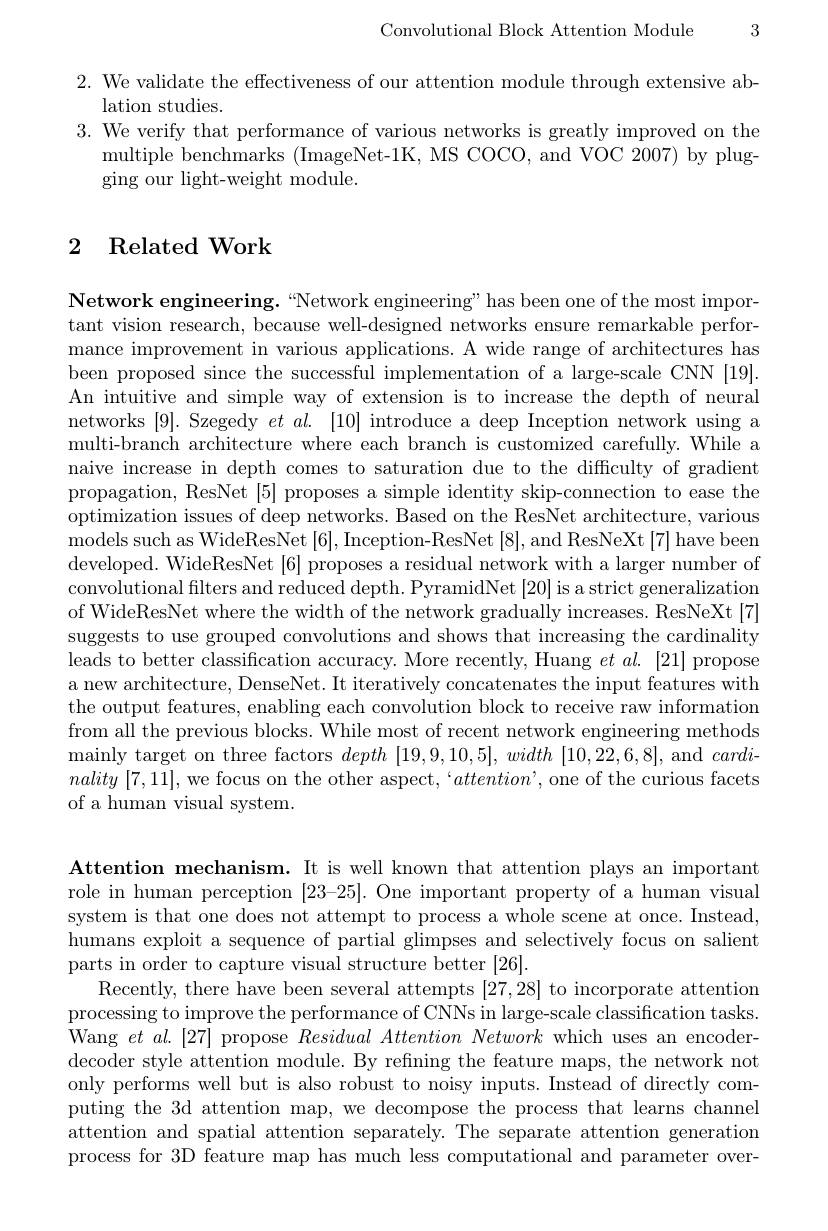
Convolutional Block Attention Module 3

2. We validate the effectiveness of our attention module through extensive ab-
lation studies.
3. We verify that performance of various networks is greatly improved on the
multiple benchmarks (ImageNet-1K, MS COCO, and VOC 2007) by plug-
ging our light-weight module.

## 2 Related Work

Network engineering. “ Network engineering" has been one of the most impor- tant vision research, because well-designed networks ensure remarkable performance improvement in various applications. A wide range of architectures has been proposed since the successful implementation of a large-scale CNN [19]. An intuitive and simple way of extension is to increase the depth of neural networks [9]. Szegedy $et\textit{al. [ 10] introduce a deep Inception network using a}$ multi-branch architecture where each branch is customized carefully. While a naive increase in depth comes to saturation due to the difficulty of gradient propagation, ResNet [5] proposes a simple identity skip-connection to ease the optimization issues of deep networks. Based on the ResNet architecture, various models such as WideResNet [6],Inception-ResNet [8],and ResNeXt[7] have been developed. WideResNet [6] proposes a residual network with a larger number of convolutional filters and reduced depth. PyramidNet [20] is a strict generalization of WideResNet where the width of the network gradually increases. ResNeXt [7] suggests to use grouped convolutions and shows that increasing the cardinality leads to better classification accuracy. More recently, Huang $et$ al.[21] propose a new architecture, DenseNet. It iteratively concatenates the input features with the output features, enabling each convolution block to receive raw information from all the previous blocks. While most of recent network engineering methods mainly target on three factors depth [19,9,10,5], width [10,22,6,8], and cardinality [7,11], we focus on the other aspect, `$attention’$, one of the curious facets of a human visual system.

Attention mechanism. It is well known that attention plays an important

role in human perception $[23–25].$ One important property of a human visual system is that one does not attempt to process a whole scene at once. Instead, humans exploit a sequence of partial glimpses and selectively focus on salient parts in order to capture visual structure better [26].
Recently, there have been several attempts [27,28] to incorporate attention processing to improve the performance of CNNs in large-scale classification tasks. Wang $et\textit{al. [ 27] propose Residual Attention Network which uses an encoder- }$ decoder style attention module. By refning the feature maps, the network not only performs well but is also robust to noisy inputs. Instead of directly computing the 3d attention map, we decompose the process that learns channel attention and spatial attention separately. The separate attention generation process for 3D feature map has much less computational and parameter over-